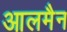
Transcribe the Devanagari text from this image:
आलमैन